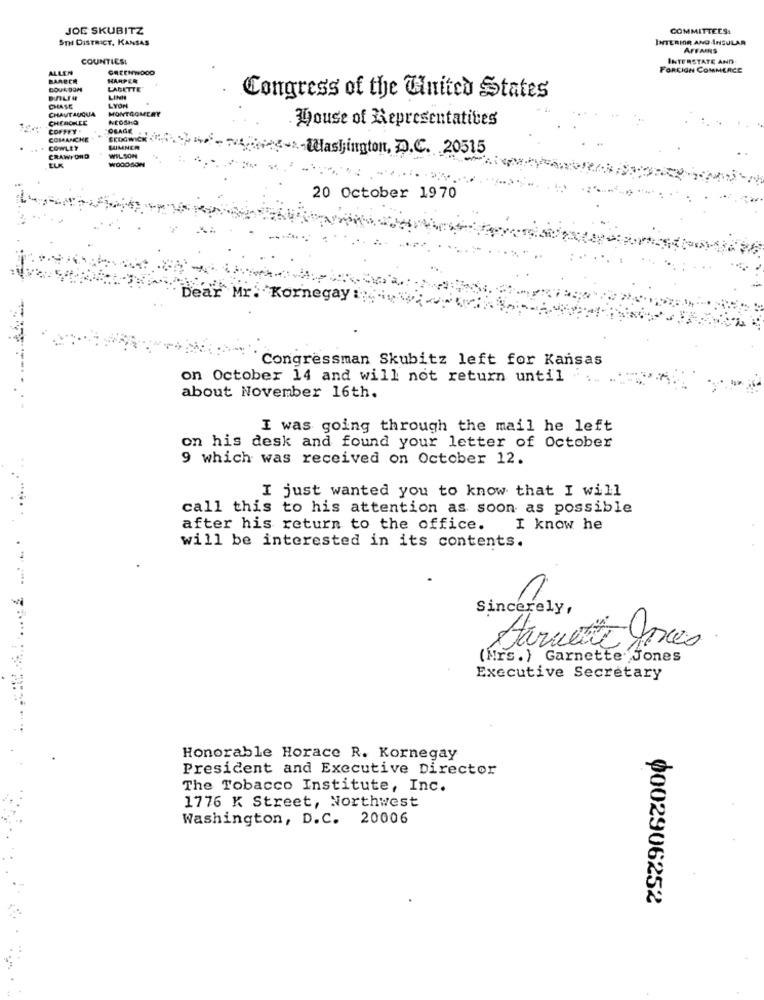
JOE SKUBITZ
COMMITTEES,
STH DISTRICT, KANSAS
INTERIOR AND INSULAR
AFFAIRS
COUNTIESI
INTERSTATE AND.
ALLEN
GREENWOOD
FOREIGN COMMERCE
BARBER
HARPER
LABETTE
Congress of the United States
CHAUTAUQUA
CHASE
MONTGOMER
LYON
CHEROKEE
NEOSHO
House of Representatives
COFFEY
OGAGE
COMANCHE
BROOWICK
COWLEY
SUMNER
-- Washington, D.C. 20515
CRAWFORD
ELK
WILSON
WOODSON
20 October 1970
Dear Mr. Kornegay ::
Congressman Skubitz left for Kansas
on October 14 and will not return until
about November 16th.
I was going through the mail he left
on his desk and found your letter of October
9 which was received on October 12.
I just wanted you to know that I will
call this to his attention as soon as possible
after his return to the office.
I know he
will be interested in its contents.
Sincerely,
Starmente Jones
(Mrs.) Garnette. Jones
Executive Secretary
Honorable Horace R. Kornegay
President and Executive Director
The Tobacco Institute, Inc.
1776 K Street, Northwest
Washington, D.C. 20006
0002906252